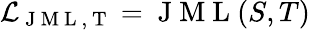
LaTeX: \mathcal{L}_{\mathrm{~J~M~L~,~T~}}=\mathrm{~J~M~L~}(S,T)